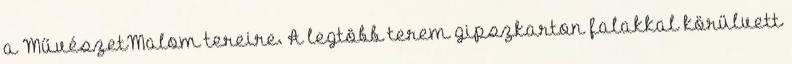
a MűvészetMalom tereire. A legtöbb terem gipszkarton falakkal körülvett